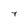
Character: 7